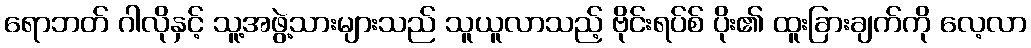
ရောဘတ် ဂါလိုနှင့် သူ့အဖွဲ့သားများသည် သူယူလာသည့် ဗိုင်းရပ်စ် ပိုး၏ ထူးခြားချက်ကို လေ့လာ